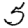
Digit: 5